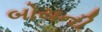
બોયની